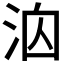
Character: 𪵻